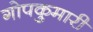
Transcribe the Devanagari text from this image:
गोपकुमारी